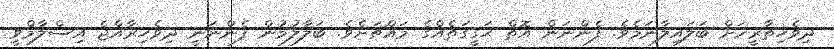
ދިވެހިތާރީޚަށް ބަލައިލާނަމެވެ. ފެންނަން އޮތް ޙަގީގަތެއްގެ މައްޗަށެވެ. ބަލާލުމުން ފެންނަނީ ދިވެހިރާއްޖެ އިސްލާމްވީ